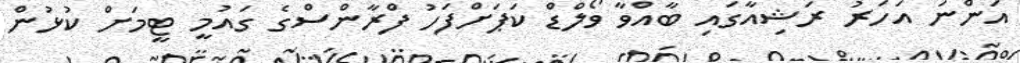
އަންނަ އަހަރު ރަޝިއާގައި ބާއްވާ ވޯލްޑް ކަޕަށްފަހު ފްރާންސްގެ ގައުމީ ޓީމަށް ކުޅުން